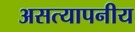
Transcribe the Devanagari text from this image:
असत्यापनीय